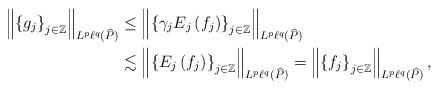
LaTeX: \begin{align*}\left\|\left\{g_j\right\}_{j\in\mathbb Z}\right\|_{L^p\ell^q(\widehat P)}&\leq\left\|\left\{\gamma_jE_j\left(f_j\right)\right\}_{j\in\mathbb Z}\right\|_{L^p\ell^q(\widehat P)}\\&\lesssim\left\|\left\{E_j\left(f_j\right)\right\}_{j\in\mathbb Z}\right\|_{L^p\ell^q(\widehat P)}=\left\|\left\{f_j\right\}_{j\in\mathbb Z}\right\|_{L^p\ell^q(\widehat P)},\end{align*}